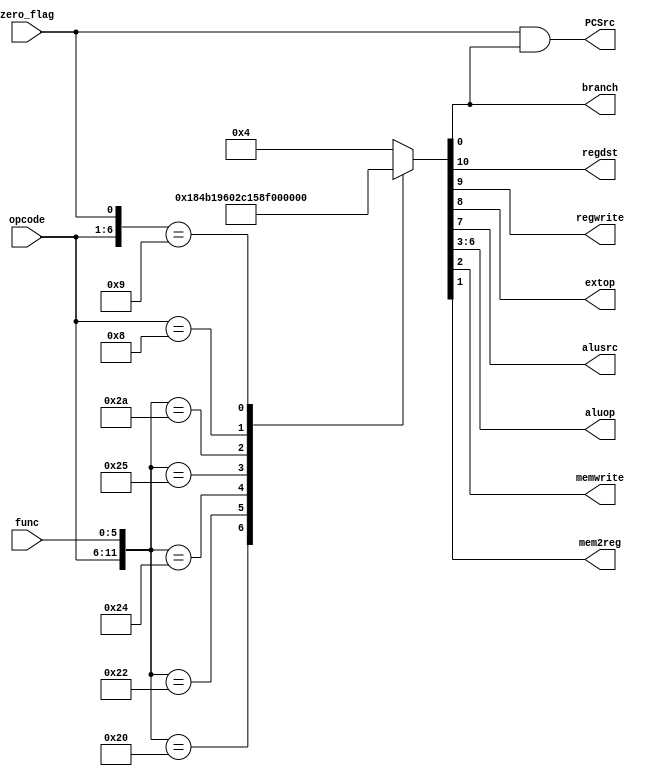
`timescale 1ns / 1ps
//////////////////////////////////////////////////////////////////////////////////
// Company: 
// Engineer: 
// 
// Design Name: 
// Module Name: main_control
// Project Name: 
// Target Devices: 
// Tool Versions: 
// Description: 
// 
// Dependencies: 
// 
// Revision:
// Revision 0.01 - File Created
// Additional Comments:
// 
//////////////////////////////////////////////////////////////////////////////////


module main_control(input [5:0] func,input [5:0] opcode,input zero_flag,output reg regdst,output reg regwrite,output reg extop,output reg alusrc,output reg [3:0] aluop,output reg memwrite,output reg mem2reg,output reg branch,output reg PCSrc);
always@(func or opcode or zero_flag)
begin
casex({opcode,func,zero_flag})
13'b000000_100000_x:{regdst,regwrite,extop,alusrc,aluop,memwrite,mem2reg,branch}=11'b1_1_0_0_0010_0_1_0;//add
13'b000000_100010_x:{regdst,regwrite,extop,alusrc,aluop,memwrite,mem2reg,branch}=11'b1_1_0_0_0110_0_1_0;//sub
13'b000000_100100_x:{regdst,regwrite,extop,alusrc,aluop,memwrite,mem2reg,branch}=11'b1_1_0_0_0000_0_1_0;//and
13'b000000_100101_x:{regdst,regwrite,extop,alusrc,aluop,memwrite,mem2reg,branch}=11'b1_1_0_0_0001_0_1_0;//or
13'b000000_101010_x:{regdst,regwrite,extop,alusrc,aluop,memwrite,mem2reg,branch}=11'b1_1_0_0_0111_0_1_0;//slt
13'b001000_xxxxxx_x:{regdst,regwrite,extop,alusrc,aluop,memwrite,mem2reg,branch}=11'b0_1_1_1_0010_0_1_0;//addi I-type
13'b000100_xxxxxx_1:{regdst,regwrite,extop,alusrc,aluop,memwrite,mem2reg,branch}=11'b0_0_1_0_0110_0_1_1;//beq
default:{regdst,regwrite,extop,alusrc,aluop,memwrite,mem2reg,branch}=11'b0_0_0_0_0000_1_0_0;
endcase
PCSrc = zero_flag & branch;
end
endmodule